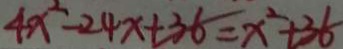
4 x ^ { 2 } - 2 4 x + 3 6 = x ^ { 2 } + 3 6